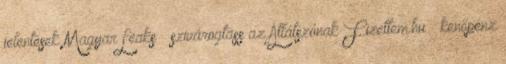
jelentések MagyarLeaks – szivárogtass az Átlátszónak Fizettem.hu – kenőpénz